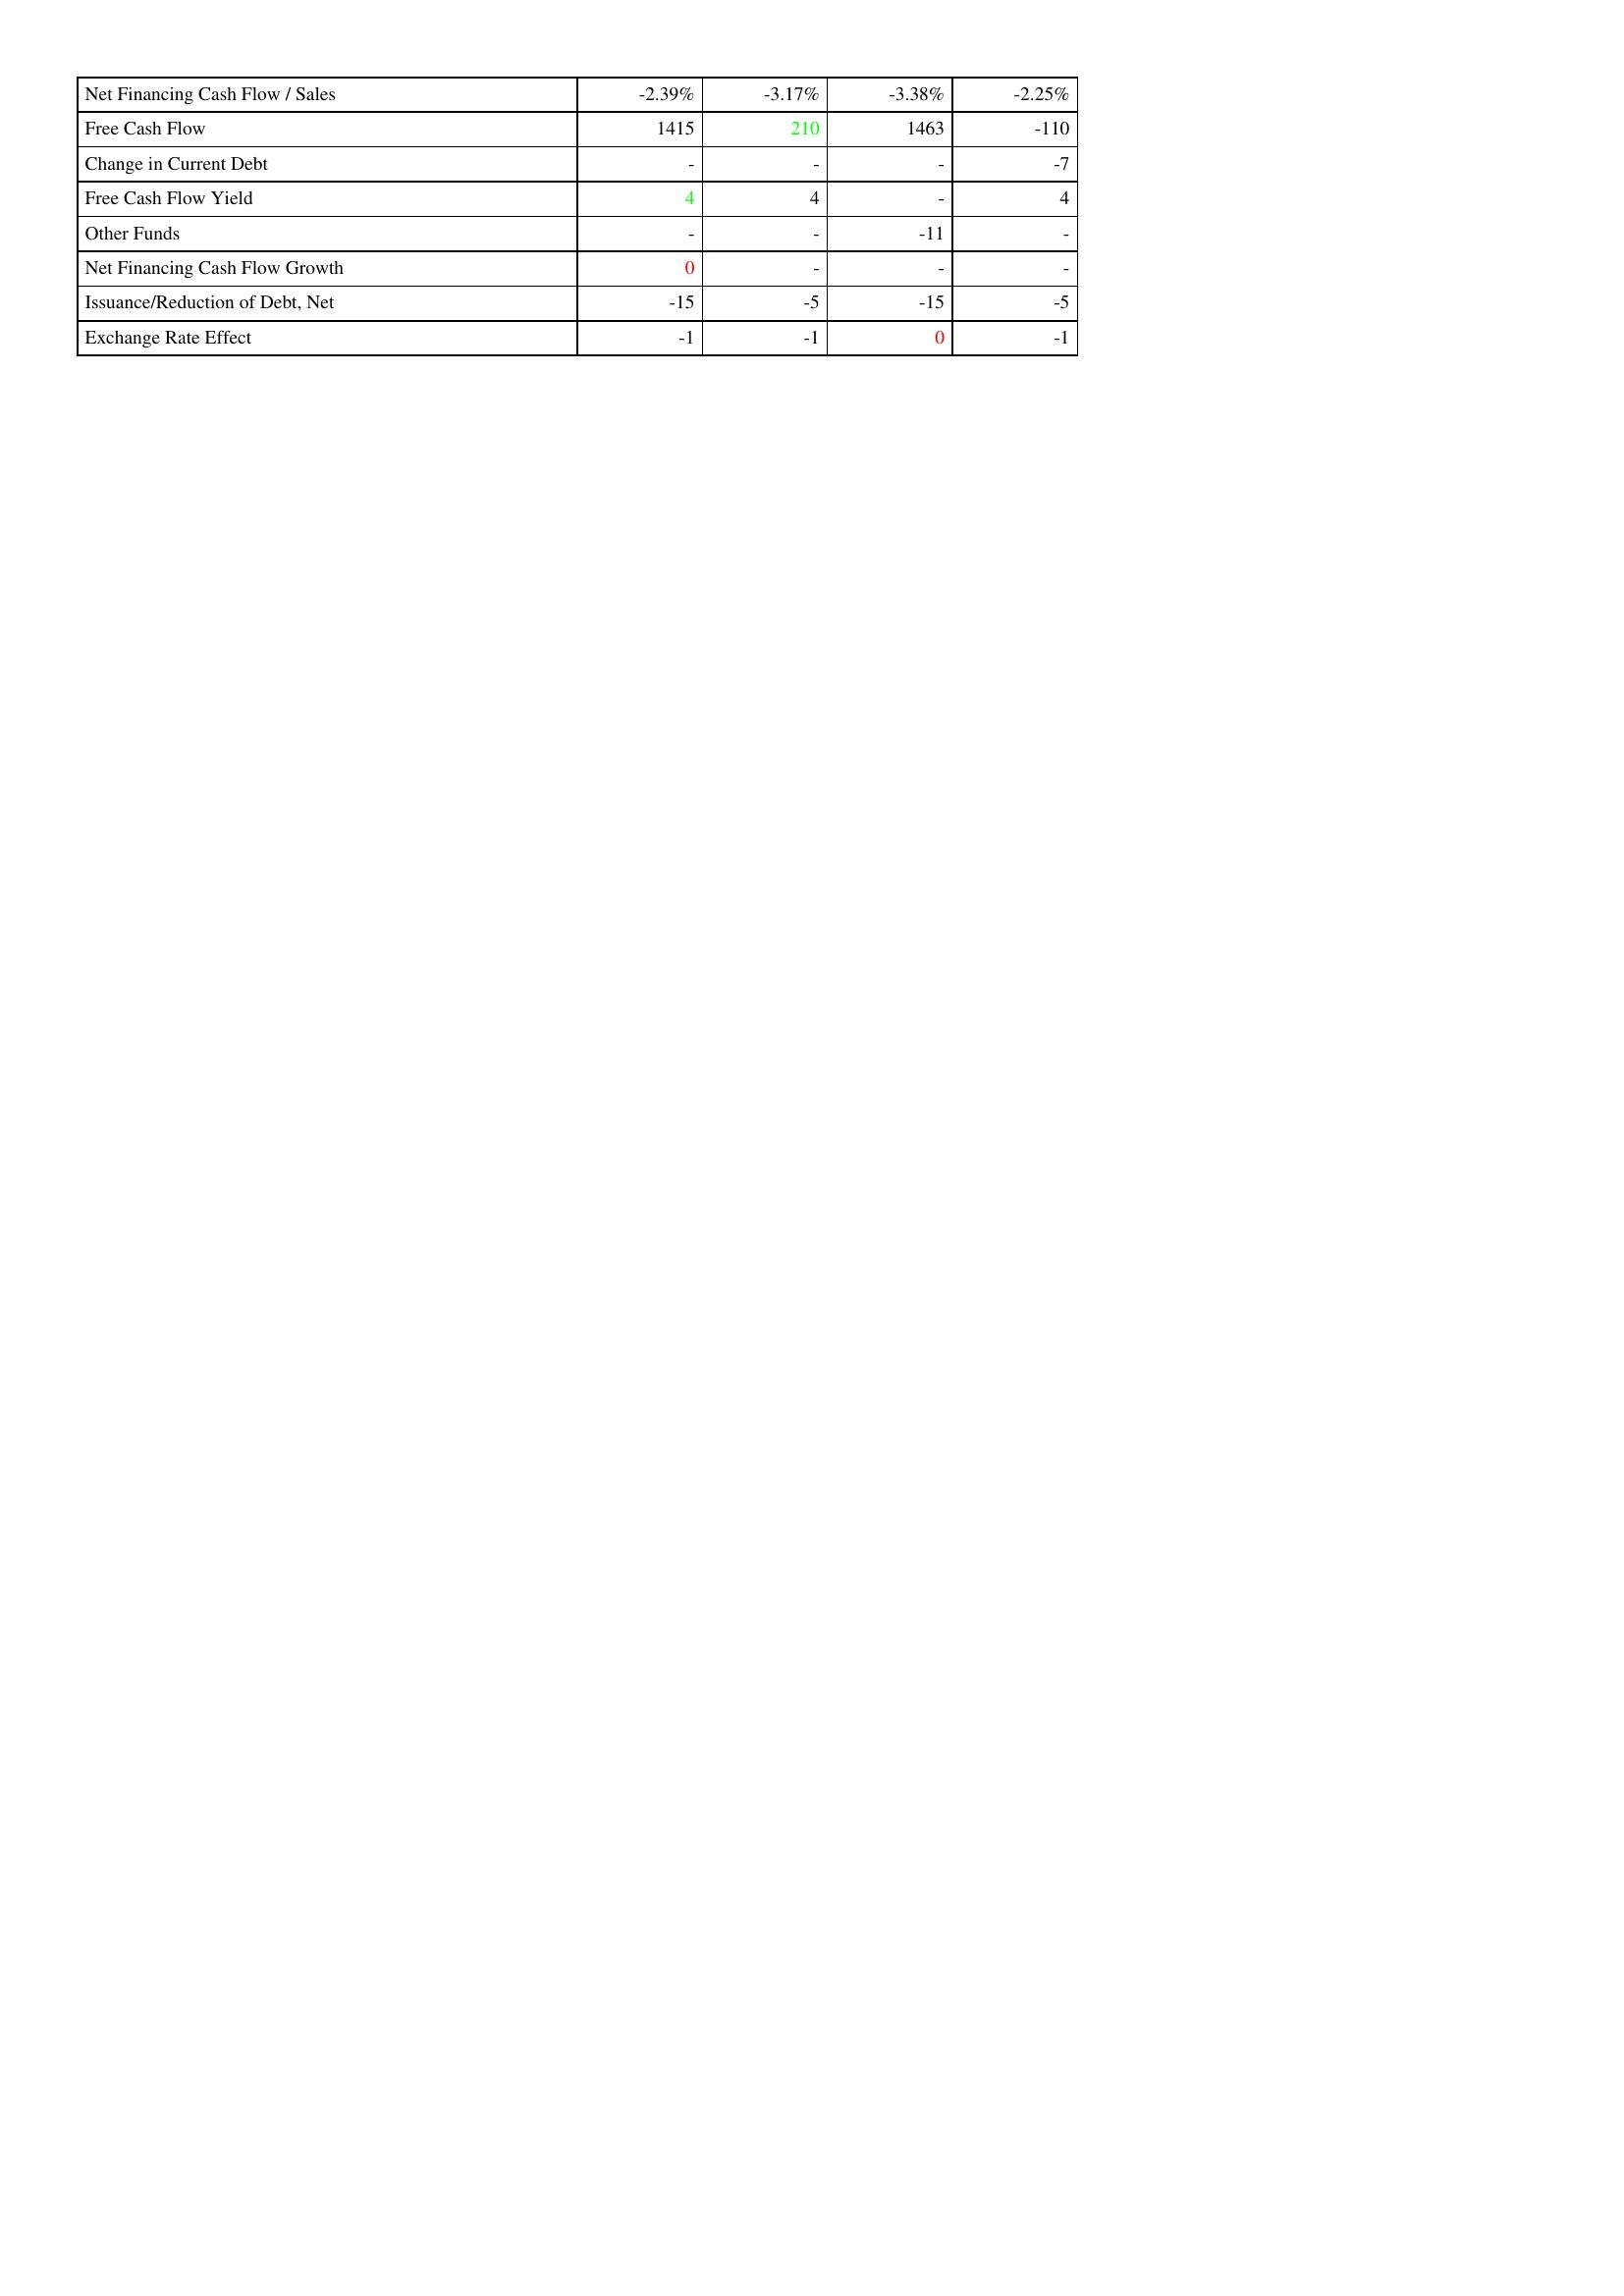
gt_parse: 2009: Financing Activities: Net Financing Cash Flow / Sales: -2.39%
Free Cash Flow: 1415
Change in Current Debt: -
Free Cash Flow Yield: 4
Other Funds: -
Net Financing Cash Flow Growth: 0
Issuance/Reduction of Debt, Net: -15
Exchange Rate Effect: -1
2010: Financing Activities: Net Financing Cash Flow / Sales: -3.17%
Free Cash Flow: 210
Change in Current Debt: -
Free Cash Flow Yield: 4
Other Funds: -
Net Financing Cash Flow Growth: -
Issuance/Reduction of Debt, Net: -5
Exchange Rate Effect: -1
2011: Financing Activities: Net Financing Cash Flow / Sales: -3.38%
Free Cash Flow: 1463
Change in Current Debt: -
Free Cash Flow Yield: -
Other Funds: -11
Net Financing Cash Flow Growth: -
Issuance/Reduction of Debt, Net: -15
Exchange Rate Effect: 0
2012: Financing Activities: Net Financing Cash Flow / Sales: -2.25%
Free Cash Flow: -110
Change in Current Debt: -7
Free Cash Flow Yield: 4
Other Funds: -
Net Financing Cash Flow Growth: -
Issuance/Reduction of Debt, Net: -5
Exchange Rate Effect: -1